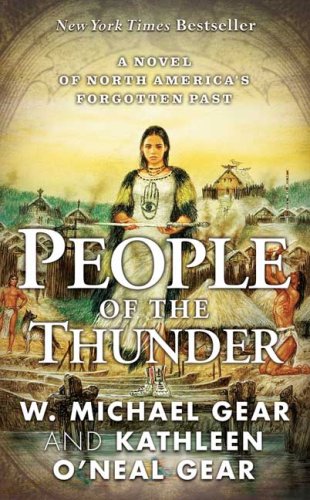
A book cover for People of the Thunder: Book Two of the Moundville Duology (North America's Forgotten Past); W. Michael Gear; Literature & Fiction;